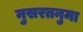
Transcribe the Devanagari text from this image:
नुसरतनुमा